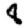
Digit: 8